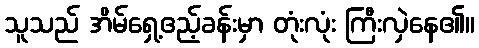
သူသည် အိမ်ရှေ့ဧည့်ခန်းမှာ တုံးလုံး ကြီးလှဲနေ၏။